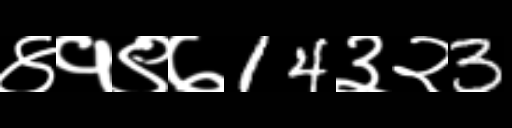
Text: ४१९७14३२3